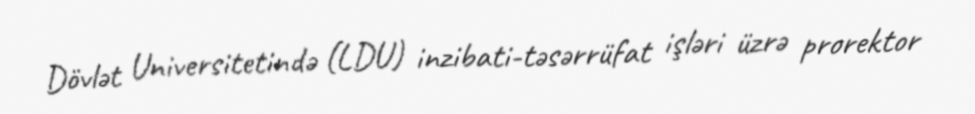
Dövlət Universitetində (LDU) inzibati-təsərrüfat işləri üzrə prorektor